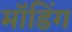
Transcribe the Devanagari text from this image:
मॉडिंग